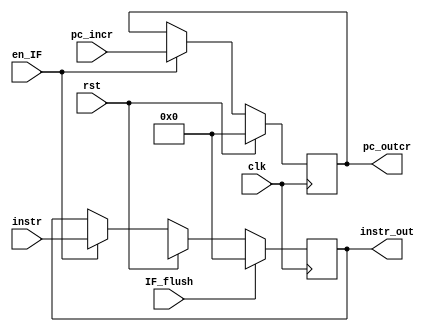

module IF_ID( en_IF, IF_flush, clk, rst, instr, instr_out, pc_incr, pc_outcr );
  input clk, rst, en_IF, IF_flush;
  input [31:0] instr, pc_incr;

  output [31:0] instr_out, pc_outcr;
  
  reg [31:0] instr_out, pc_outcr;

  
  always@( posedge clk )
  begin
    if ( rst )
	begin
	  instr_out <= 32'bx;
	  pc_outcr <= 32'b0;
	end
	else if ( en_IF )
	begin
      instr_out <= instr;
	  pc_outcr <= pc_incr;
	end
	else if ( !en_IF )
	begin
	  
	end
	if( IF_flush )
	  instr_out <= 32'b0 ;
  end
  
endmodule